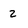
Character: 2